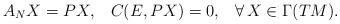
LaTeX: \begin{align*} A_{N}X=PX,\;\;\; C(E,PX)=0,\;\;\; \forall\, X\in\Gamma(TM).\end{align*}